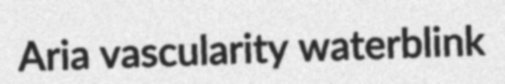
Aria vascularity waterblink